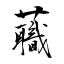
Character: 蘵